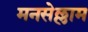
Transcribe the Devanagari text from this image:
मनसेल्लाम